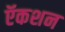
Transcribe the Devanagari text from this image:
ऍकशन